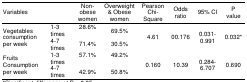
<table><thead><tr><td><b>Variables</b></td><td></td><td><b>Non-obese women</b></td><td><b>Overweight &amp; Obese women</b></td><td><b>Pearson Chi-Square</b></td><td><b>Odds ratio</b></td><td><b>95% CI</b></td><td><b>P value</b></td></tr></thead><tbody><tr><td rowspan="2">Vegetables consumption per week</td><td>1-3 times</td><td>28.6%</td><td>69.5%</td><td rowspan="2">4.61</td><td rowspan="2">00.176</td><td rowspan="2">0.031-0.991</td><td rowspan="2">0.032*</td></tr><tr><td>4-7 times</td><td>71.4%</td><td>30.5%</td></tr><tr><td rowspan="2">Fruits Consumption per week</td><td>1-3 times</td><td>57.1%</td><td>49.2%</td><td rowspan="2">0.160</td><td rowspan="2">10.39</td><td rowspan="2">0.284-6.707</td><td rowspan="2">0.690</td></tr><tr><td>4-7 times</td><td>42.9%</td><td>50.8%</td></tr></tbody></table>